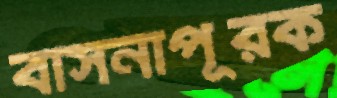
বাসনাপূরক